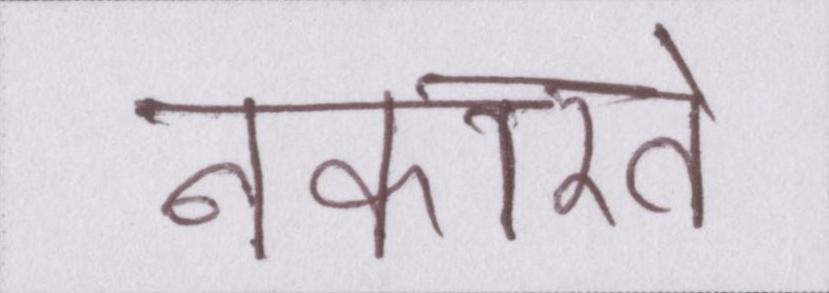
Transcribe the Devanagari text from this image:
नकारते